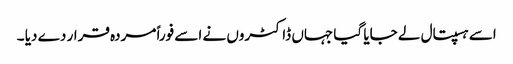
اسے ہسپتال لے جایا گیا جہاں ڈاکٹروں نے اسے فوراً مردہ قرار دے دیا ۔